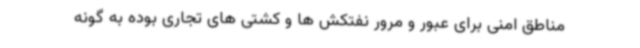
مناطق امنی برای عبور و مرور نفتکش ها و کشتی های تجاری بوده به گونه